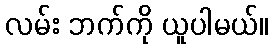
လမ်း ဘက်ကို ယူပါမယ်။